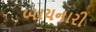
બાયનારી